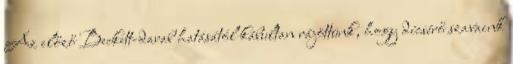
Az előző Beckett-darab hatásától kábultan rájöttünk, hogy dícsérő szavaink